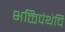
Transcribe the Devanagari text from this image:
भक्तिपंथेचि